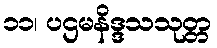
၁၁၊ ပဌမနိဒ္ဒသသုတ္တ